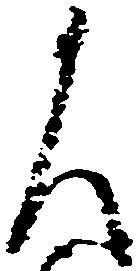
乍